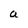
Character: a